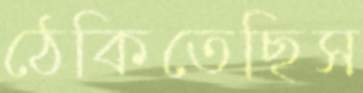
ঠেকিতেছিস